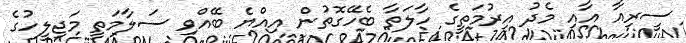
ސީރިއާ އާއި މެދު އިރުމަތީގެ ހާލަތާ ބެހޭގޮތުން އިއްޔެ ބޭއްވި ސަލާމަތީ މަޖިލީހުގެ